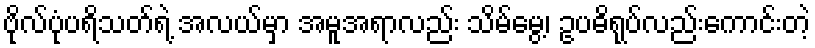
ဗိုလ်ပုံပရိသတ်ရဲ့ အလယ်မှာ အမူအရာလည်း သိမ်မွေ့၊ ဥပဓိရုပ်လည်းကောင်းတဲ့